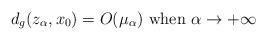
LaTeX: \begin{align*}d_g(z_\alpha, x_0)=O(\mu_\alpha)\hbox{ when }\alpha\to +\infty\end{align*}